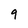
Character: 9